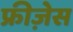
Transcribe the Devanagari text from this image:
फ्रीज़ेस